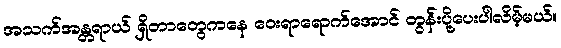
အသက်အန္တရာယ် ရှိတာတွေကနေ ဝေးရာရောက်အောင် တွန်းပို့ပေးပါလိမ့်မယ်။